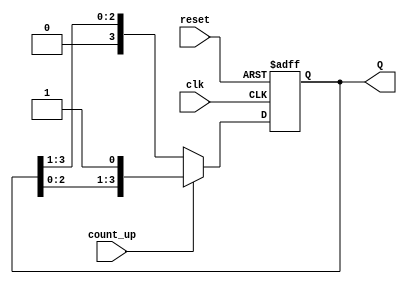
module async_shift_counter (
    input wire clk,          // Clock signal
    input wire reset,        // Asynchronous reset signal
    input wire count_up,     // Control signal to count up (1) or down (0)
    output reg [3:0] Q       // 4-bit counter output (adjust width as needed)
);

    // Asynchronous reset and counting logic
    always @(posedge clk or posedge reset) begin
        if (reset) begin
            Q <= 4'b0000;   // Reset counter to zero
        end else begin
            if (count_up) begin
                Q <= {Q[2:0], 1'b1}; // Shift left and set LSB to 1 for increment
            end else begin
                Q <= {1'b0, Q[3:1]}; // Shift right for decrement
            end
        end
    end

endmodule